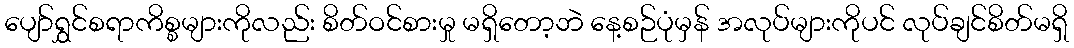
ပျော်ရွှင်စရာကိစ္စများကိုလည်း စိတ်ဝင်စားမှု မရှိတော့ဘဲ နေ့စဉ်ပုံမှန် အလုပ်များကိုပင် လုပ်ချင်စိတ်မရှိ